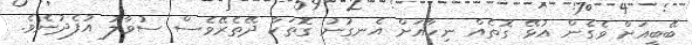
ބޭބީއަށް ވެގެން އުޅޭ ގޮތެއް ނިހާއަށް އެނގުނު ގޮތަކާ ދޭތެރޭވެސް ސުވާލު އުފެދުނެވެ.